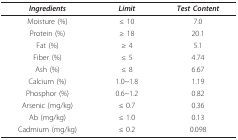
| Ingredients | Limit | Test Content |
 | --- | --- | --- |
 | Moisture (%) | ≤ 10 | 7.0 |
 | Protein (%) | ≥ 18 | 20.1 |
 | Fat (%) | ≥ 4 | 5.1 |
 | Fiber (%) | ≤ 5 | 4.74 |
 | Ash (%) | ≤ 8 | 6.67 |
 | Calcium (%) | 1.0~1.8 | 1.19 |
 | Phosphor (%) | 0.6~1.2 | 0.82 |
 | Arsenic (mg/kg) | ≤ 0.7 | 0.36 |
 | Ab (mg/kg) | ≤ 1.0 | 0.13 |
 | Cadmium (mg/kg) | ≤ 0.2 | 0.098 |